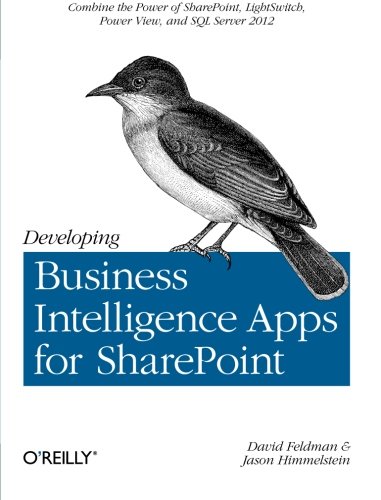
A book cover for Developing Business Intelligence Apps for SharePoint; David Feldman; Computers & Technology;